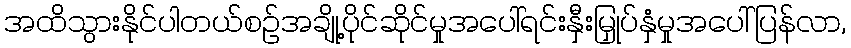
အထိသွားနိုင်ပါတယ်စဉ်အချို့ပိုင်ဆိုင်မှုအပေါ်ရင်းနှီးမြှုပ်နှံမှုအပေါ်ပြန်လာ,